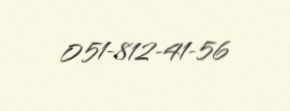
051-812-41-56